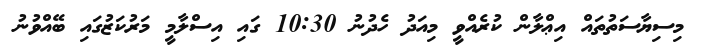
މިސިޔާސަތުތައް އިޢްލާން ކުރެއްވީ މިއަދު ހެދުނު 10:30 ގައި އިސްލާމީ މަރުކަޒުގައި ބޭއްވުނު